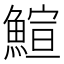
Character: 鰚